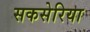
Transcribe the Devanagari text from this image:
सकसेरिया